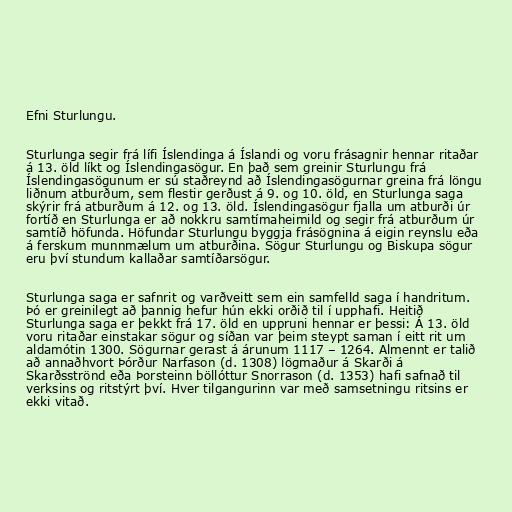
Efni Sturlungu.

Sturlunga segir frá lífi Íslendinga á Íslandi og voru frásagnir hennar ritaðar
á 13. öld líkt og Íslendingasögur. En það sem greinir Sturlungu frá
Íslendingasögunum er sú staðreynd að Íslendingasögurnar greina frá löngu
liðnum atburðum, sem flestir gerðust á 9. og 10. öld, en Sturlunga saga
skýrir frá atburðum á 12. og 13. öld. Íslendingasögur fjalla um atburði úr
fortíð en Sturlunga er að nokkru samtímaheimild og segir frá atburðum úr
samtíð höfunda. Höfundar Sturlungu byggja frásögnina á eigin reynslu eða
á ferskum munnmælum um atburðina. Sögur Sturlungu og Biskupa sögur
eru því stundum kallaðar samtíðarsögur.

Sturlunga saga er safnrit og varðveitt sem ein samfelld saga í handritum.
Þó er greinilegt að þannig hefur hún ekki orðið til í upphafi. Heitið
Sturlunga saga er þekkt frá 17. öld en uppruni hennar er þessi: Á 13. öld
voru ritaðar einstakar sögur og síðan var þeim steypt saman í eitt rit um
aldamótin 1300. Sögurnar gerast á árunum 1117 – 1264. Almennt er talið
að annaðhvort Þórður Narfason (d. 1308) lögmaður á Skarði á
Skarðsströnd eða Þorsteinn böllóttur Snorrason (d. 1353) hafi safnað til
verksins og ritstýrt því. Hver tilgangurinn var með samsetningu ritsins er
ekki vitað.